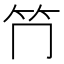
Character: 𥫚